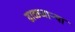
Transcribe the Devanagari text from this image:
ढाळणाऱ्या